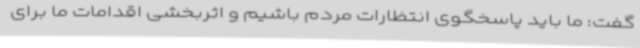
گفت: ما باید پاسخگوی انتظارات مردم باشیم و اثربخشی اقدامات ما برای